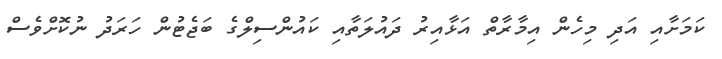
ކަމަށާއި އަދި މިހެން އިމާރާތް އަޅާއިރު ދައުލަތާއި ކައުންސިލްގެ ބަޖެޓުން ހަރަދު ނުކޮށްވެސް